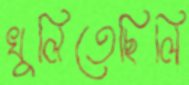
খুলিতেছিলি